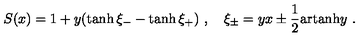
S ( x ) = 1 + y ( \tanh \xi _ { - } - \tanh \xi _ { + } ) \ , \quad \xi _ { \pm } = y x \pm \frac { 1 } { 2 } \mathrm { a r t a n h } y \ .